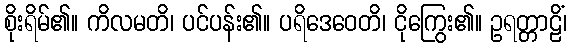
စိုးရိမ်၏။ ကိလမတိ၊ ပင်ပန်း၏။ ပရိဒေဝေတိ၊ ငိုကြွေး၏။ ဥရတ္တာဠိံ၊